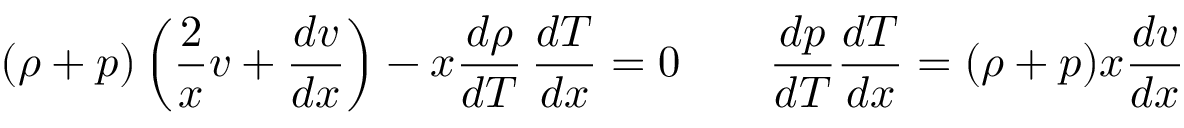
( \rho + p ) \left( \frac { 2 } { x } v + \frac { d v } { d x } \right) - x \frac { d \rho } { d T } \, \frac { d T } { d x } = 0 \qquad \frac { d p } { d T } \frac { d T } { d x } = ( \rho + p ) x \frac { d v } { d x }